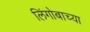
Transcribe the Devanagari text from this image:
लिंगोबाच्या